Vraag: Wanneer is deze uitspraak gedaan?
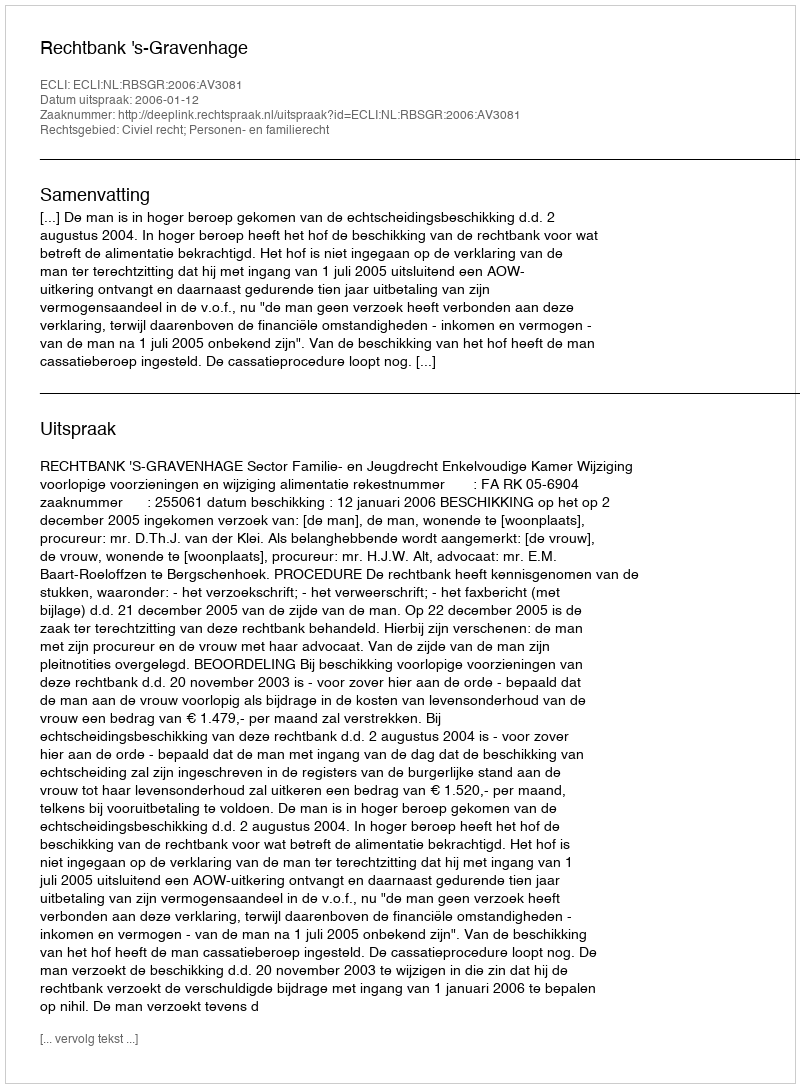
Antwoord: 2006-01-12